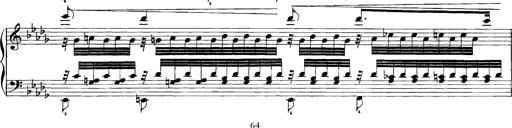
Title: Grandes Etudes
Composer: Franz Liszt